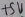
Text: +5V